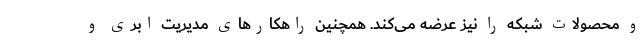
و محصولات شبکه را نیز عرضه می‌کند. همچنین راهکارهای مدیریت ابری و